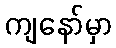
ကျနော်မှာ